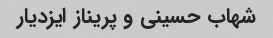
شهاب حسینی و پریناز ایزدیار